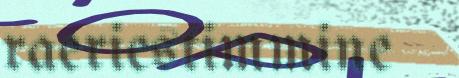
raeriestimmine